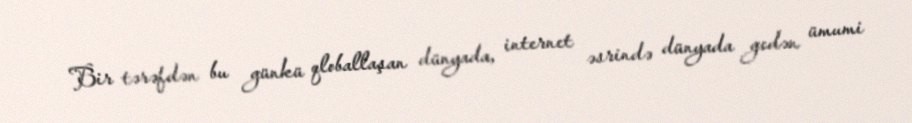
Bir tərəfdən bu günkü qloballaşan dünyada, internet əsrində dünyada gedən ümumi